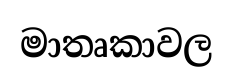
මාතෘකාවල